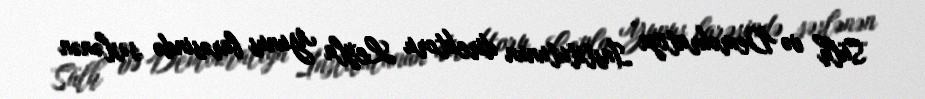
Sülh və Demokratiya İnstitutunun direktoru Leyla Yunus barəsində səslənən